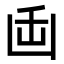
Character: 𭂻